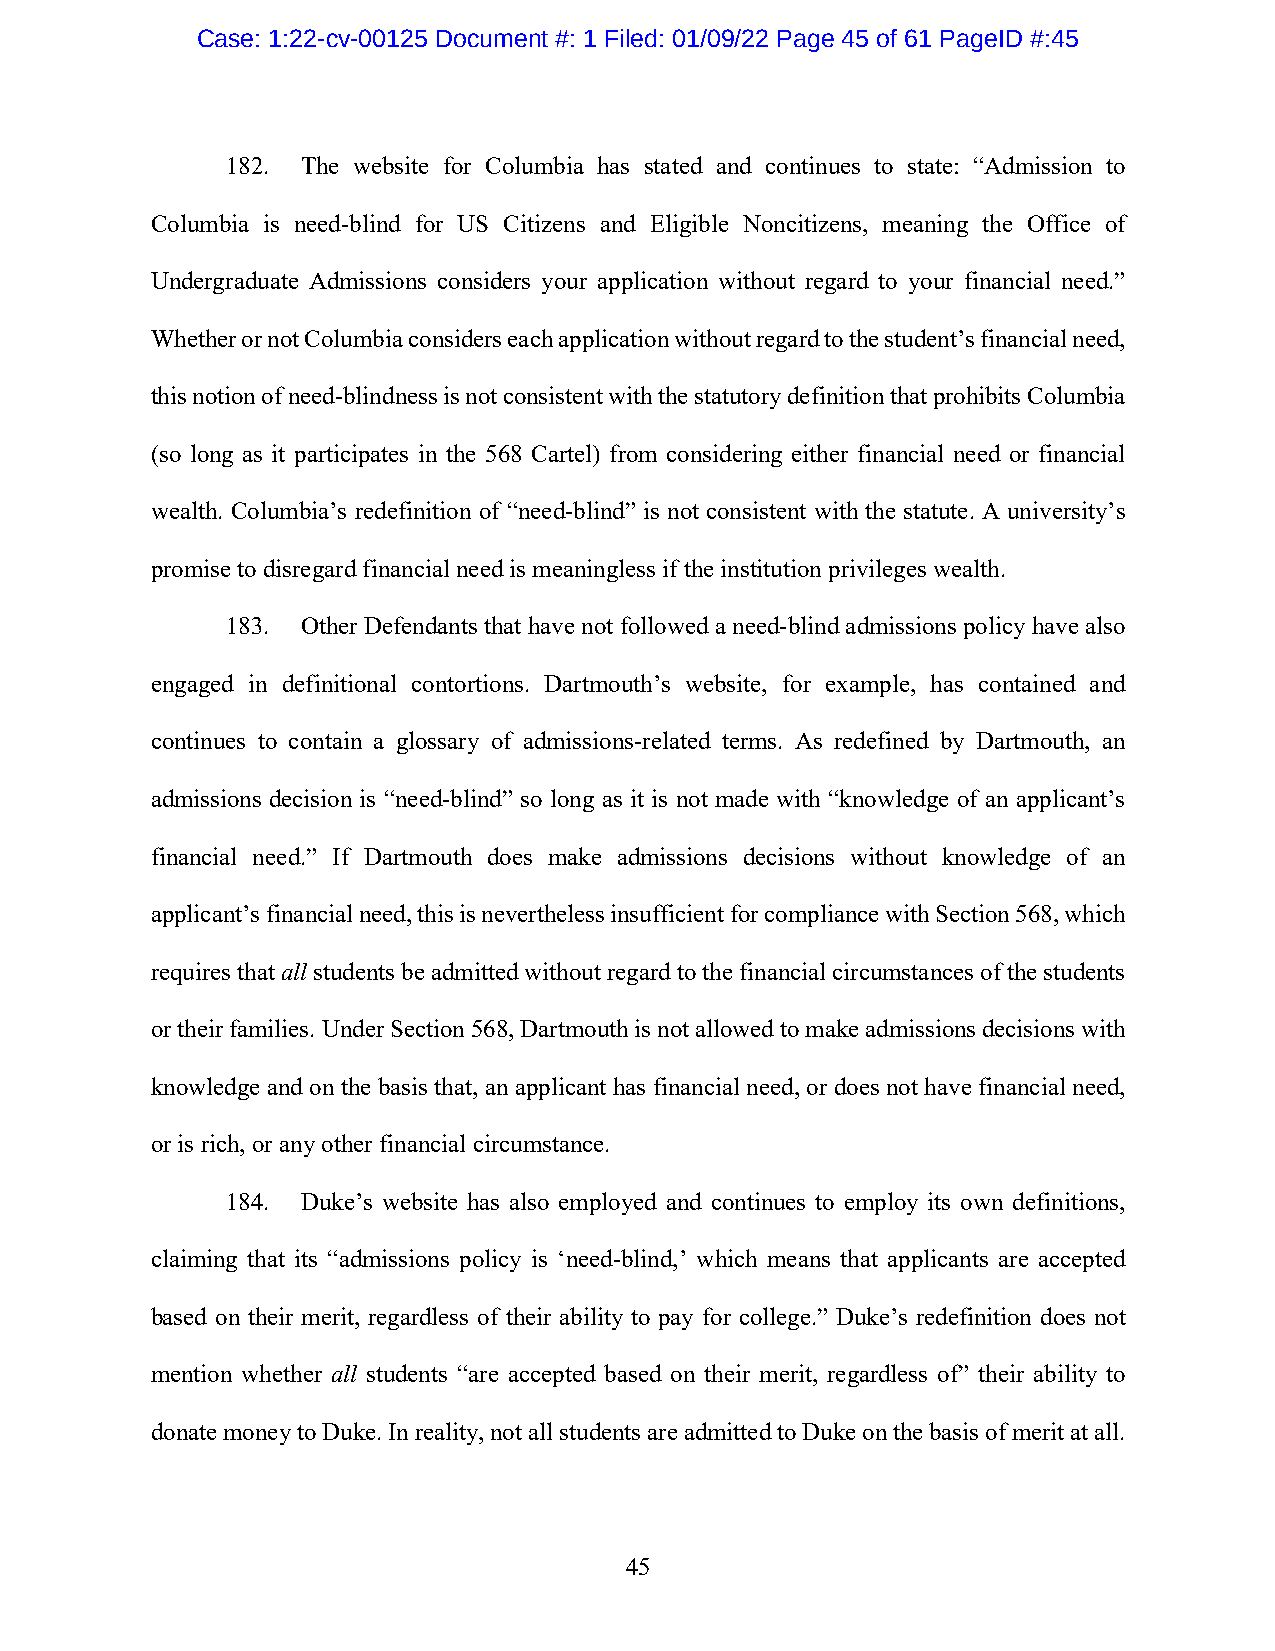
Case: 1:22-cv-00125 Document #: 1 Filed: 01/09/22 Page 45 of 61 PageID #:45
 182. The website for Columbia has stated and continues to state: “Admission to
 Columbia is need-blind for US Citizens and Eligible Noncitizens, meaning the Office of
 Undergraduate Admissions considers your application without regard to your financial need.”
 Whether or not Columbia considers each application without regard to the student’s financial need,
 this notion of need-blindness is not consistent with the statutory definition that prohibits Columbia
 (so long as it participates in the 568 Cartel) from considering either financial need or financial
 wealth. Columbia’s redefinition of “need-blind” is not consistent with the statute. A university’s
 promise to disregard financial need is meaningless if the institution privileges wealth.
 183. Other Defendants that have not followed a need-blind admissions policy have also
 engaged in definitional contortions. Dartmouth’s website, for example, has contained and
 continues to contain a glossary of admissions-related terms. As redefined by Dartmouth, an
 admissions decision is “need-blind” so long as it is not made with “knowledge of an applicant’s
 financial need.” If Dartmouth does make admissions decisions without knowledge of an
 applicant’s financial need, this is nevertheless insufficient for compliance with Section 568, which
 requires that all students be admitted without regard to the financial circumstances of the students
 or their families. Under Section 568, Dartmouth is not allowed to make admissions decisions with
 knowledge and on the basis that, an applicant has financial need, or does not have financial need,
 or is rich, or any other financial circumstance.
 184. Duke’s website has also employed and continues to employ its own definitions,
 claiming that its “admissions policy is ‘need-blind,’ which means that applicants are accepted
 based on their merit, regardless of their ability to pay for college.” Duke’s redefinition does not
 mention whether all students “are accepted based on their merit, regardless of” their ability to
 donate money to Duke. In reality, not all students are admitted to Duke on the basis of merit at all.
 45